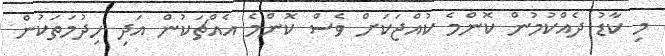
މި ކާޑު ދެއްކުމުން ކޮންމެ ކުއްޖަކަށް ވެސް ކޮންމެ އެއްޗަކުން އަދި ހިދުމަތަކުން